Leaving Certificate Examination (including Day School Certificate (Higher) General paper), 1926
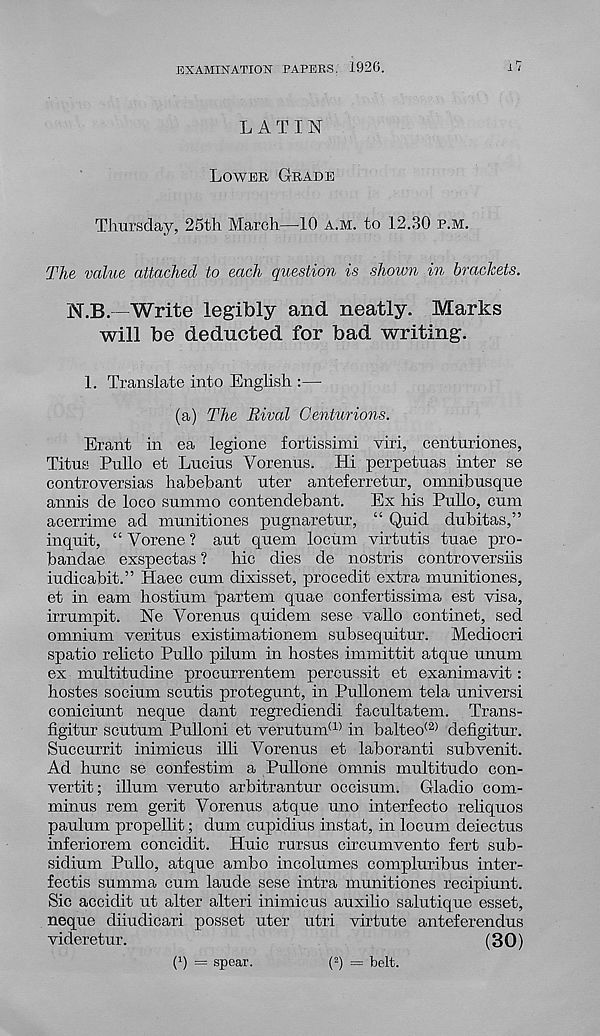
EXAMINATION PAPERS. 1926.
LATIN
LOWER GRADE
Thursday, 25th March—10 A.M. to 12.30 P.M.
The value attached to each question is shown in brackets.
N.B. Write legibly and neatly. Marks
will be deducted for bad writing.
1. Translate into English :—
(a) The Rival Centurions.
Erant in ea legione fortissimi viri, centuriones,
Titus Pullo et Lucius Yorenus. Hi perpetuas inter se
controversias habebant uter anteferretur, omnibusque
annis de loco summo contendebant. Ex his Pullo, cum
acerrime ad munitiones pugnaretur, “ Quid dubitas,”
inquit, “ Vorene ? aut quern locum virtutis tuae pro-
bandae exspectas ? hie dies de nostris controversiis
iudicabit.” Haec cum dixisset, procedit extra munitiones,
et in earn hostium partem quae confertissima est visa,
irrumpit. Ne Vorenus quidem sese vallo continet, sed
omnium veritus existimationem subsequitur. Mediocri
spatio relicto Pullo pilum in hostes immittit atque unum
ex multitudine procurrentem percussit et exanimavit:
hostes socium scutis protegunt, in Pullonem tela universi
coniciunt neque dant regrediendi facultatem. Trans-
figitur scutum PuUoni et verutum (1) in balteo (2> defigitur.
Succurrit inimicus illi Vorenus et laboranti subvenit.
Ad hunc se confestim a Pullone omnis multitude con-
vertit; ilium veruto arbitrantur occisum. Gladio corn-
minus rem gerit Yorenus atque uno interfecto reliquos
paulum propellit; dum cupidius instat, in locum delectus
inferiorem concidit. Huic rursus circumvento fert sub-
sidium Pullo, atque ambo incolumes compluribus inter-
fectis summa cum laude sese intra munitiones recipiunt.
Sic accidit ut alter alter! inimicus auxilio salutique esset,
neque diiudicari posset uter utri virtute anteferendus
videretur.
(30)
(q — spear.
( 2 ) = belt.